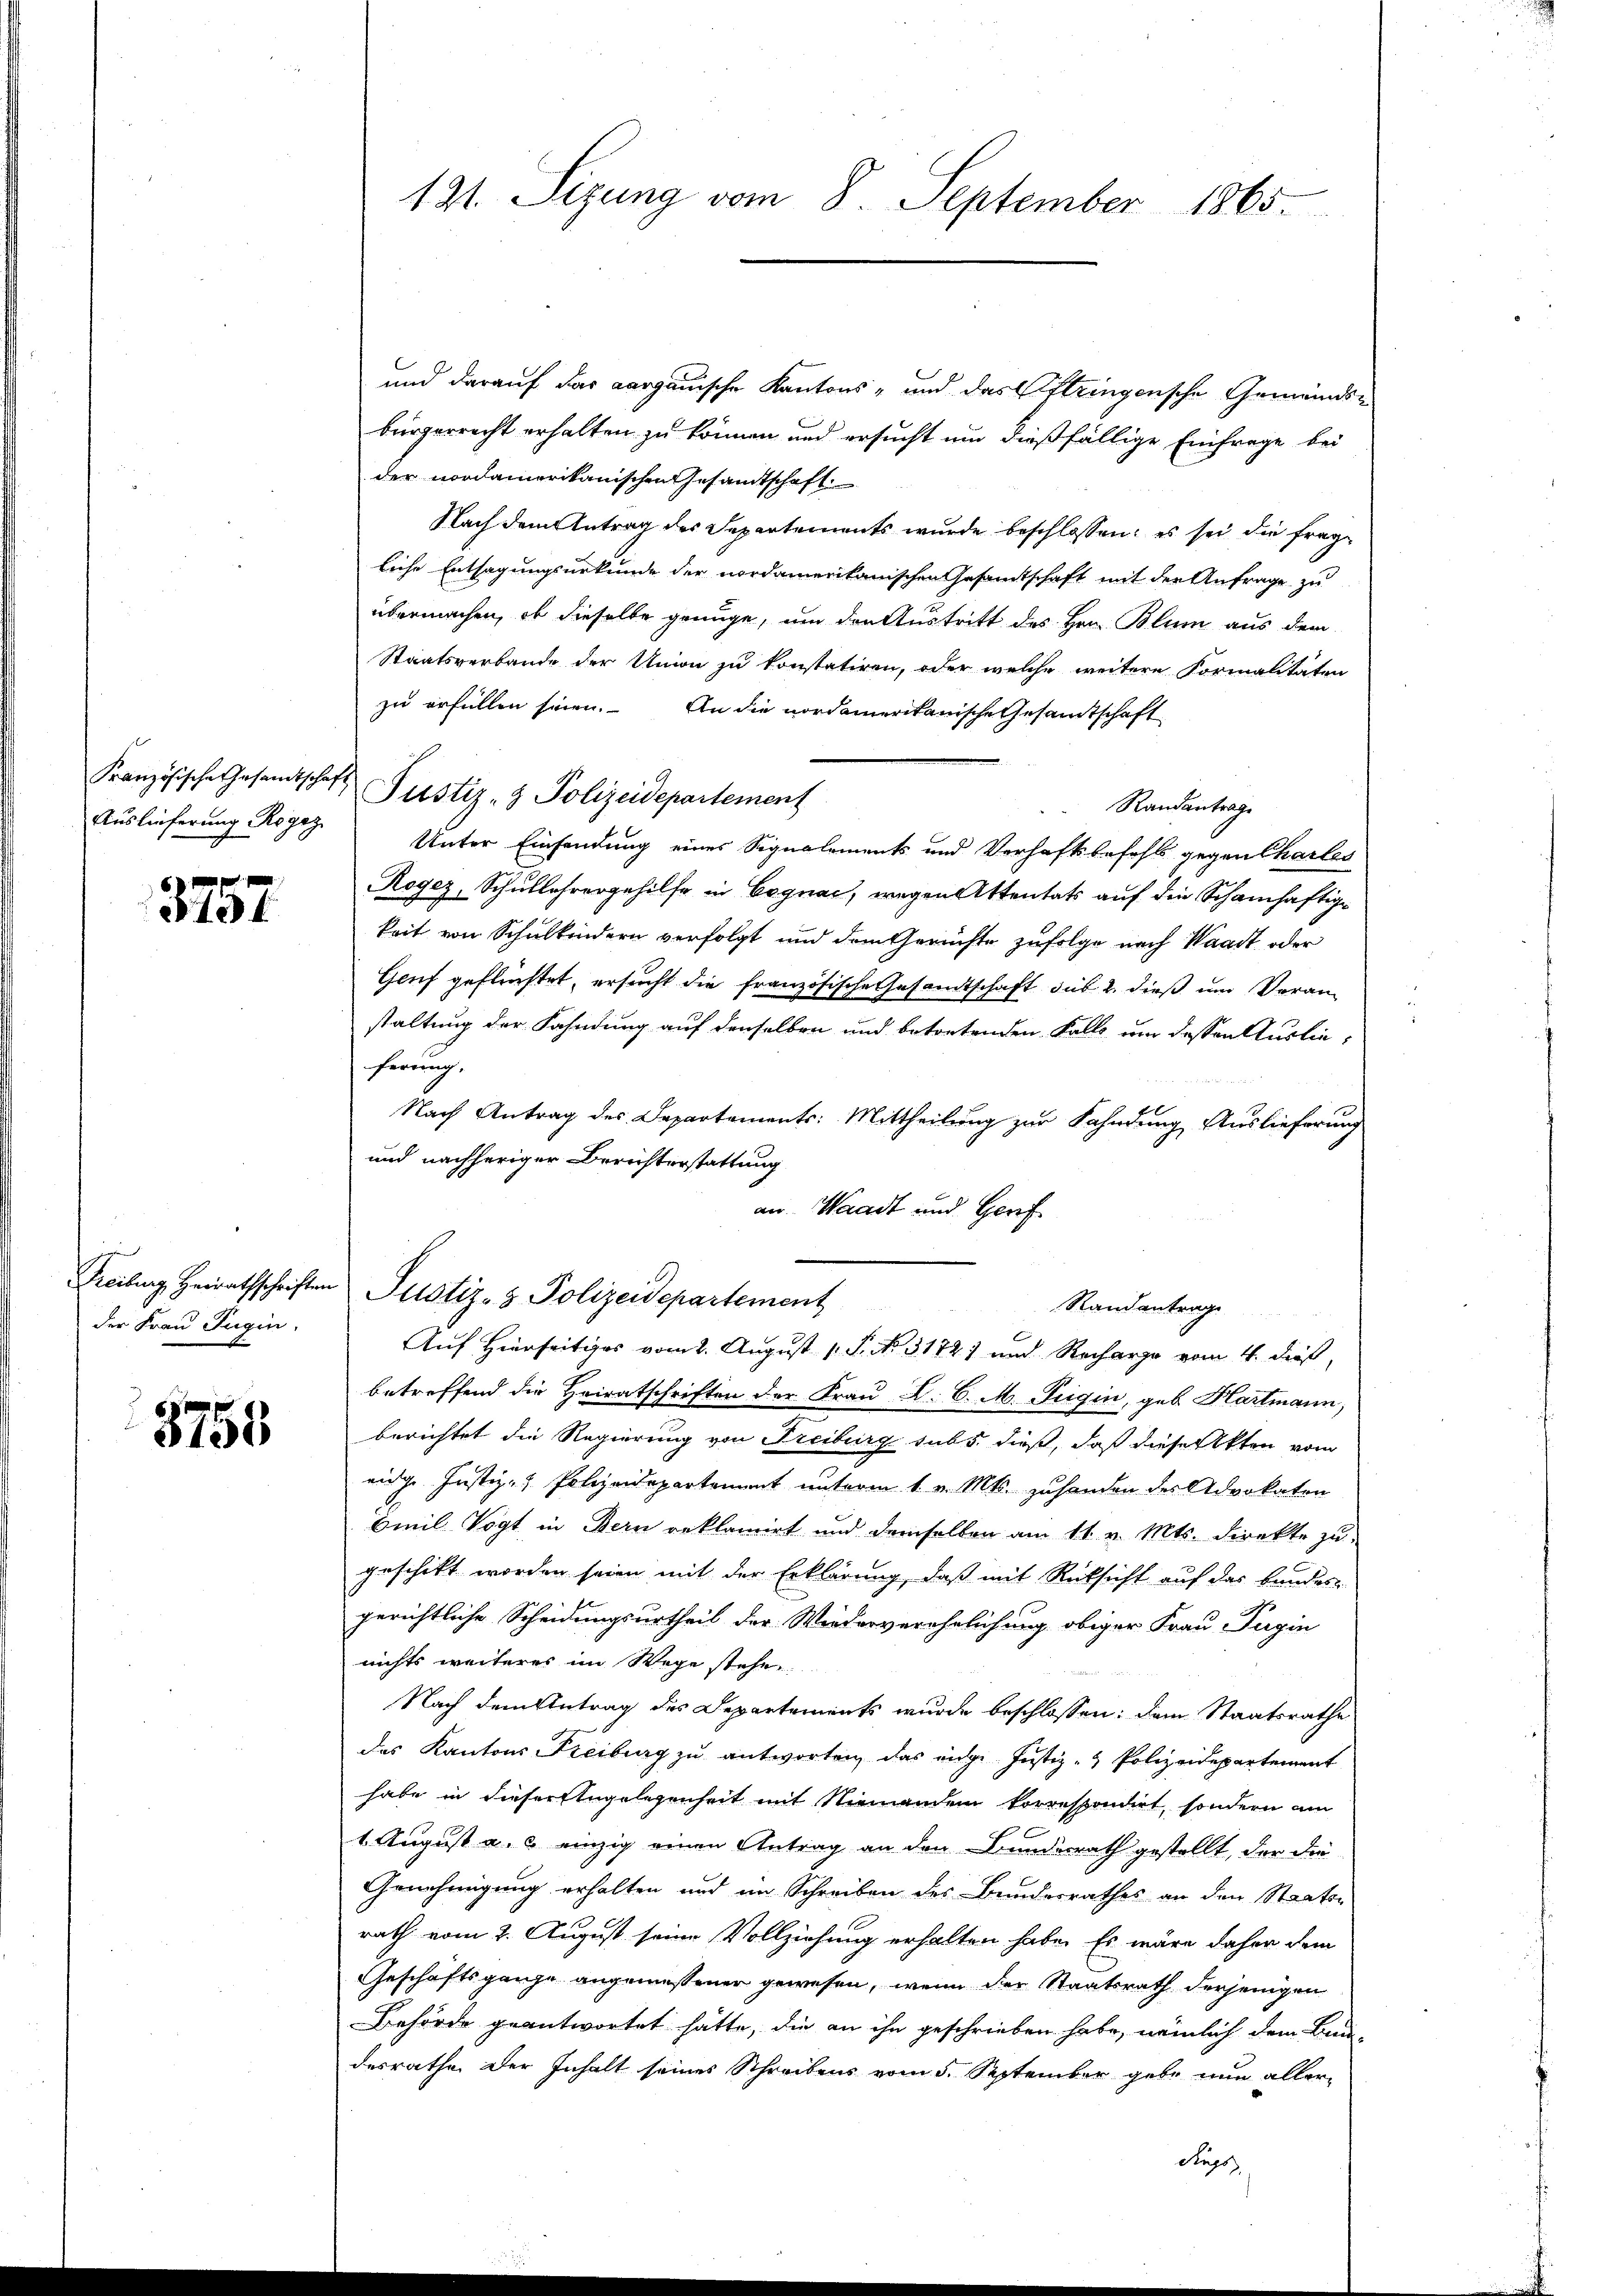
Auslieferung Rogaz

3757

der Frau Pugin.

3755

Französische Gesandtschaft Pustiz- & Polizeidepartement

131. Sizung vom 8. September 1865.

und darauf das aargauische Kantons- und das Oftringensche Gemeindsbürgerrecht erhalten zu können und ersucht um dießfällige Einfrage bei
der nordamerikanischen Gesandtschaft
Nach dem Antrag des Departements wurde beschlossen: es sei die fragliche Entsagungsurkunde der nordamerikanischen Gesamtschaft mit der Anfrage zu
übermachen, ob dieselbe gründe, um den Austritt des Hrn. Blum aus dem
Staatsverbande der Union zu konstatiren, oder welche weitere Formalitäten
zu erfüllen seien. An die nordamerikanische Gesamtschaft
Randantrage
Unter Einsendung eines Signalements und Verhaftsbefehls gegen Charles
Rogez, Schullehrergehilfe in Cognac, wegen Attentats auf die Schamhaftigkeit von Schulkindern verfolgt und dem Gerichte zufolge nach Waadt oder
Gruf geflüchtet, ersucht die französische Gesandtschaft sub 2. dieß und Veranstaltung der Fahndung auf denselben und betretenden Falle um dessen Auslieferung.
x
Nach Antrag des Departements: Mittheilung zur Fahndung Auslieferung
und nachheriger Berichterstattung
an. Waadt und Gerif
Freiburg Heirathschriften Pustiz- & Polizeidepartement
Randantrage
Auf Hierseitiges vom 2. August 1 S. Nr. 3172) und Recharge vom 4. dieß,
betreffend die Heiratschriften der Frau A. C. M. Tuqu, geb. Hartmann,
berichtet die Regierung von Freiburg subs dieß, daß diese Akten vom
aige Justiz- & Polizeidepartement unterm 1. v. Mts. zuhanden des Advokaten
Emil Vogt in Bern reklamirt und demselben am 11. v. Mts. direkte zu
geschikt worden seien mit der Erklärung, daß mit Rücksicht auf das Bandes-
gerichtliche Scheidungsurtheil der Wiederverehelichung obiger Frau Pugin
nichts weiteres im Wege stehen
Nach dem Antrag des Departements wurde beschlossen: dem Staatsrathe
das Kantons Freiburg zu antworten, das eidge Justiz- & Polizeidepartement
habe in dieser Engelegenheit mit Niemanden korrespondirt, sondern am
1 August a. 2 einzig einen Antrag an den Bundesrath gestellt, der die
Genehmigung erhalten und im Schreiben der Bundesrathes an den Staats-
rath vom 2. August seine Vollziehung erhalten habe. Es wäre daher dem
Geschäftsgange angemessener gewesen, wenn der Staatsrath derjenigen
Behörde geantwortet hätte, die an ihn geschrieben habe, nämlich dem Bau-
desrathe der Inhalt seines Schreibens vom 5. September gebe nun aller¬
Reps